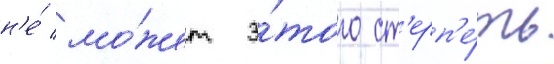
н'е́ мо́жет э́того ст'ерп'е́ть